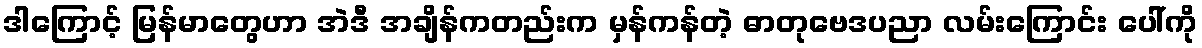
ဒါကြောင့် မြန်မာတွေဟာ အဲဒီ အချိန်ကတည်းက မှန်ကန်တဲ့ ဓာတုဗေဒပညာ လမ်းကြောင်း ပေါ်ကို